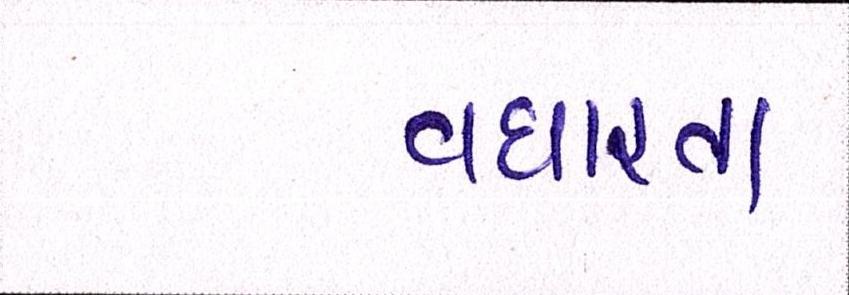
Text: વધારતા